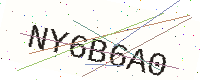
Text: NY6B6A0